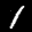
Label: 1